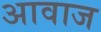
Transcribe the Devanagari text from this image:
अावाज